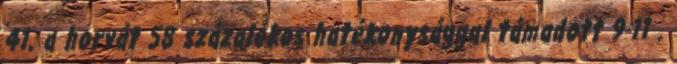
41, a horvát 58 százalékos hatékonysággal támadott 9-11 .